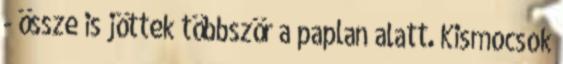
- össze is jöttek többször a paplan alatt. Kismocsok